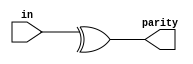
module top_module (
    input [7:0] in,
    output parity); 

    // Parity of three bits A B C = A^B^C;
    assign parity = ^in[7:0];

    
endmodule